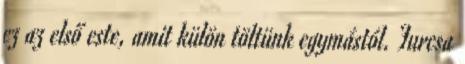
ez az első este, amit külön töltünk egymástól. Furcsa